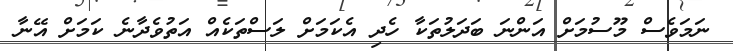
ނަމަވެސް މޫސުމަށް އަންނަ ބަދަލުތަކާ ހެދި އެކަމަށް ލަސްތަކެއް އަތުވެދާނެ ކަމަށް އޭނާ